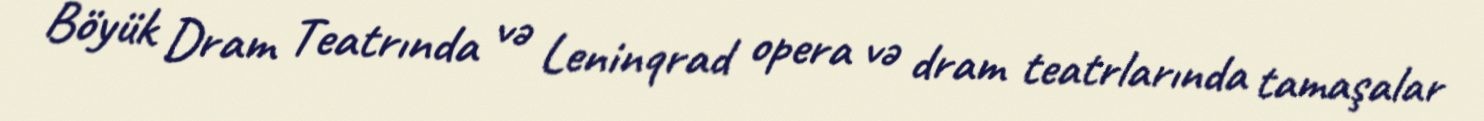
Böyük Dram Teatrında və Leninqrad opera və dram teatrlarında tamaşalar